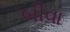
બીવા